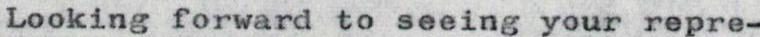
Looking forward to seeing your repre-